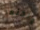
ولكنها